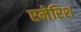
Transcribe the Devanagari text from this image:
एमेरिश